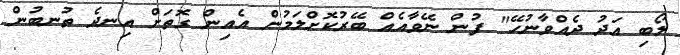
ލޯބި އަދު ދެއްވާނުހޭ" ފުން ނޭވާއެއް ބޭރުކޮށްލަމުން އެއިން ގޮތަށް އިނދެ ތުނބުން